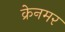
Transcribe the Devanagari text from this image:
क्रेनमर